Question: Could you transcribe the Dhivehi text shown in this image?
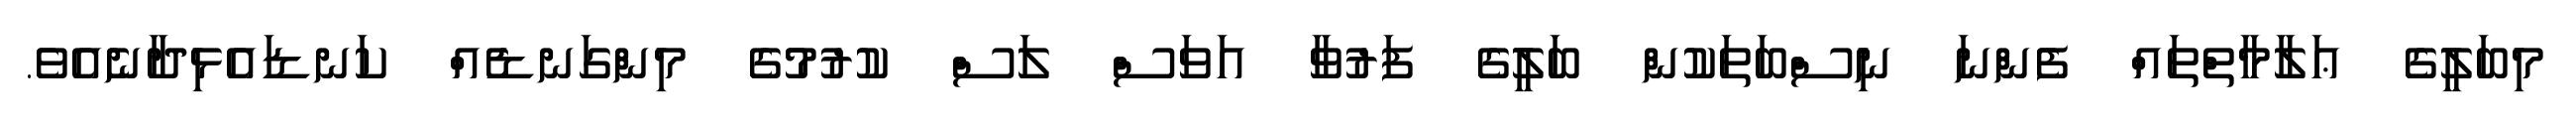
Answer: މިބަލީގެ ޢަލާމާތްތައް ފެންނަ ނިސްބަތަކުން ބަލީގެ ފަރުވާ އަވަސް ލަސް ކުރުމުގެ މިންގަނޑެއް ކަނޑައެޅިދާނެއެވެ.